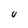
Character: U